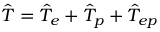
\hat { T } = \hat { T } _ { e } + \hat { T } _ { p } + \hat { T } _ { e p }